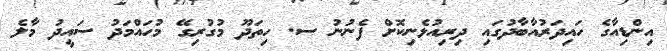
އިންޑިއާގެ ހައިދަރުއާބާދުގައި ދިރިއުޅެނިކޮށް ފެނުނު ސ. ހިތަދޫ މުގުރިގޭ މުހައްމަދު ސައީދު މާލެ